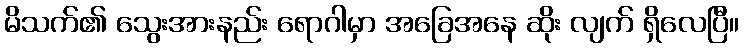
မိသက်၏ သွေးအားနည်း ရောဂါမှာ အခြေအနေ ဆိုး လျက် ရှိလေပြီ။